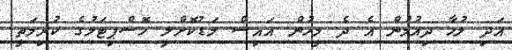
އަދި ލުހާ ދިއުމުން އެ ދެ މީހުން އައިސް މަޑުކޮށްލީ ހޮސްޕިޓަލުގެ ކުރިމަތީ